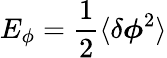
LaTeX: E_{\phi}=\frac{1}{2}\langle\delta\boldsymbol{\phi}^{2}\rangle